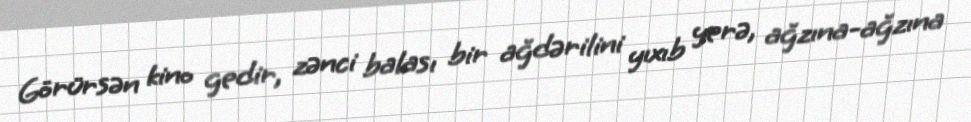
Görürsən kino gedir, zənci balası bir ağdərilini yıxıb yerə, ağzına-ağzına